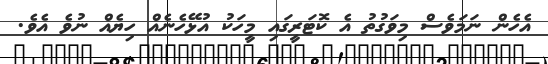
އެހެން ނަމަވެސް މިވަގުތު އެ ކޮޓަރީގައި މީހަކު އުޅޭހެނެއް ހިޔެއް ނުވެ އެވެ.